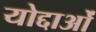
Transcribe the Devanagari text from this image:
योद्दाओं